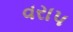
વરાપ